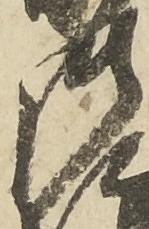
御